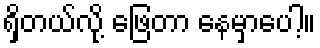
ရှိတယ်လို့ ဖြေတာ နေမှာပေါ့။